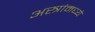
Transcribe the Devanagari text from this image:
अस्त्रांमध्ये